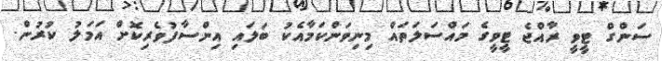
ސަންގް ޓީވީ ރާއްޖެ ޓީވީގެ މައްސަލަތައް މިނިވަންކަމާއެކު ބަލައި އިންސާފުވެރިކޮށް އަމަލު ކުރުން.